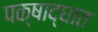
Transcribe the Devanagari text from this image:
पक्षाद्घात